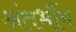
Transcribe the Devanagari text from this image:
अंतर्भौम